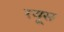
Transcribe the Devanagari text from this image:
रयूस